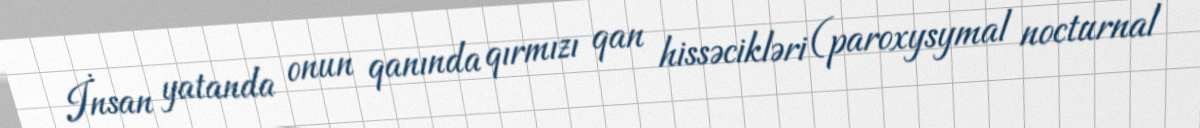
İnsan yatanda onun qanında qırmızı qan hissəcikləri (paroxysymal nocturnal